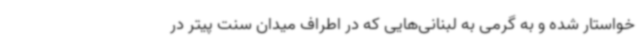
خواستار شده و به گرمی به لبنانی‌هایی که در اطراف میدان سنت پیتر در